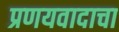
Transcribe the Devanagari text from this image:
प्रणयवादाचा